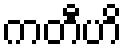
ကတီဟိ